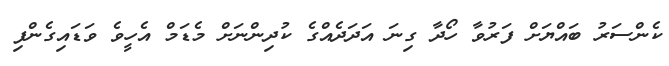
ކެންސަރު ބައްޔަށް ފަރުވާ ހޯދާ ގިނަ އަދަދެއްގެ ކުދިންނަށް މެޑަމް އެހީވެ ވަޑައިގެންފި